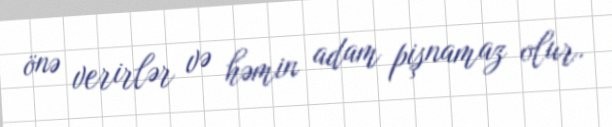
önə verirlər və həmin adam pişnamaz olur.